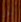
لكن